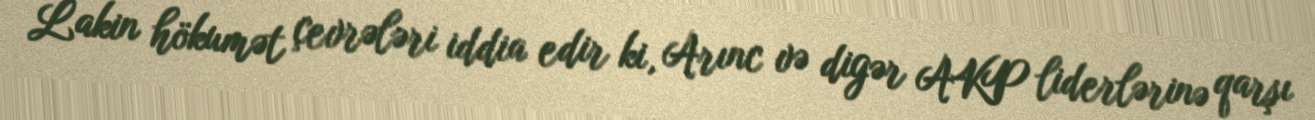
Lakin hökumət çevrələri iddia edir ki, Arınc və digər AKP liderlərinə qarşı